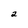
Character: 2